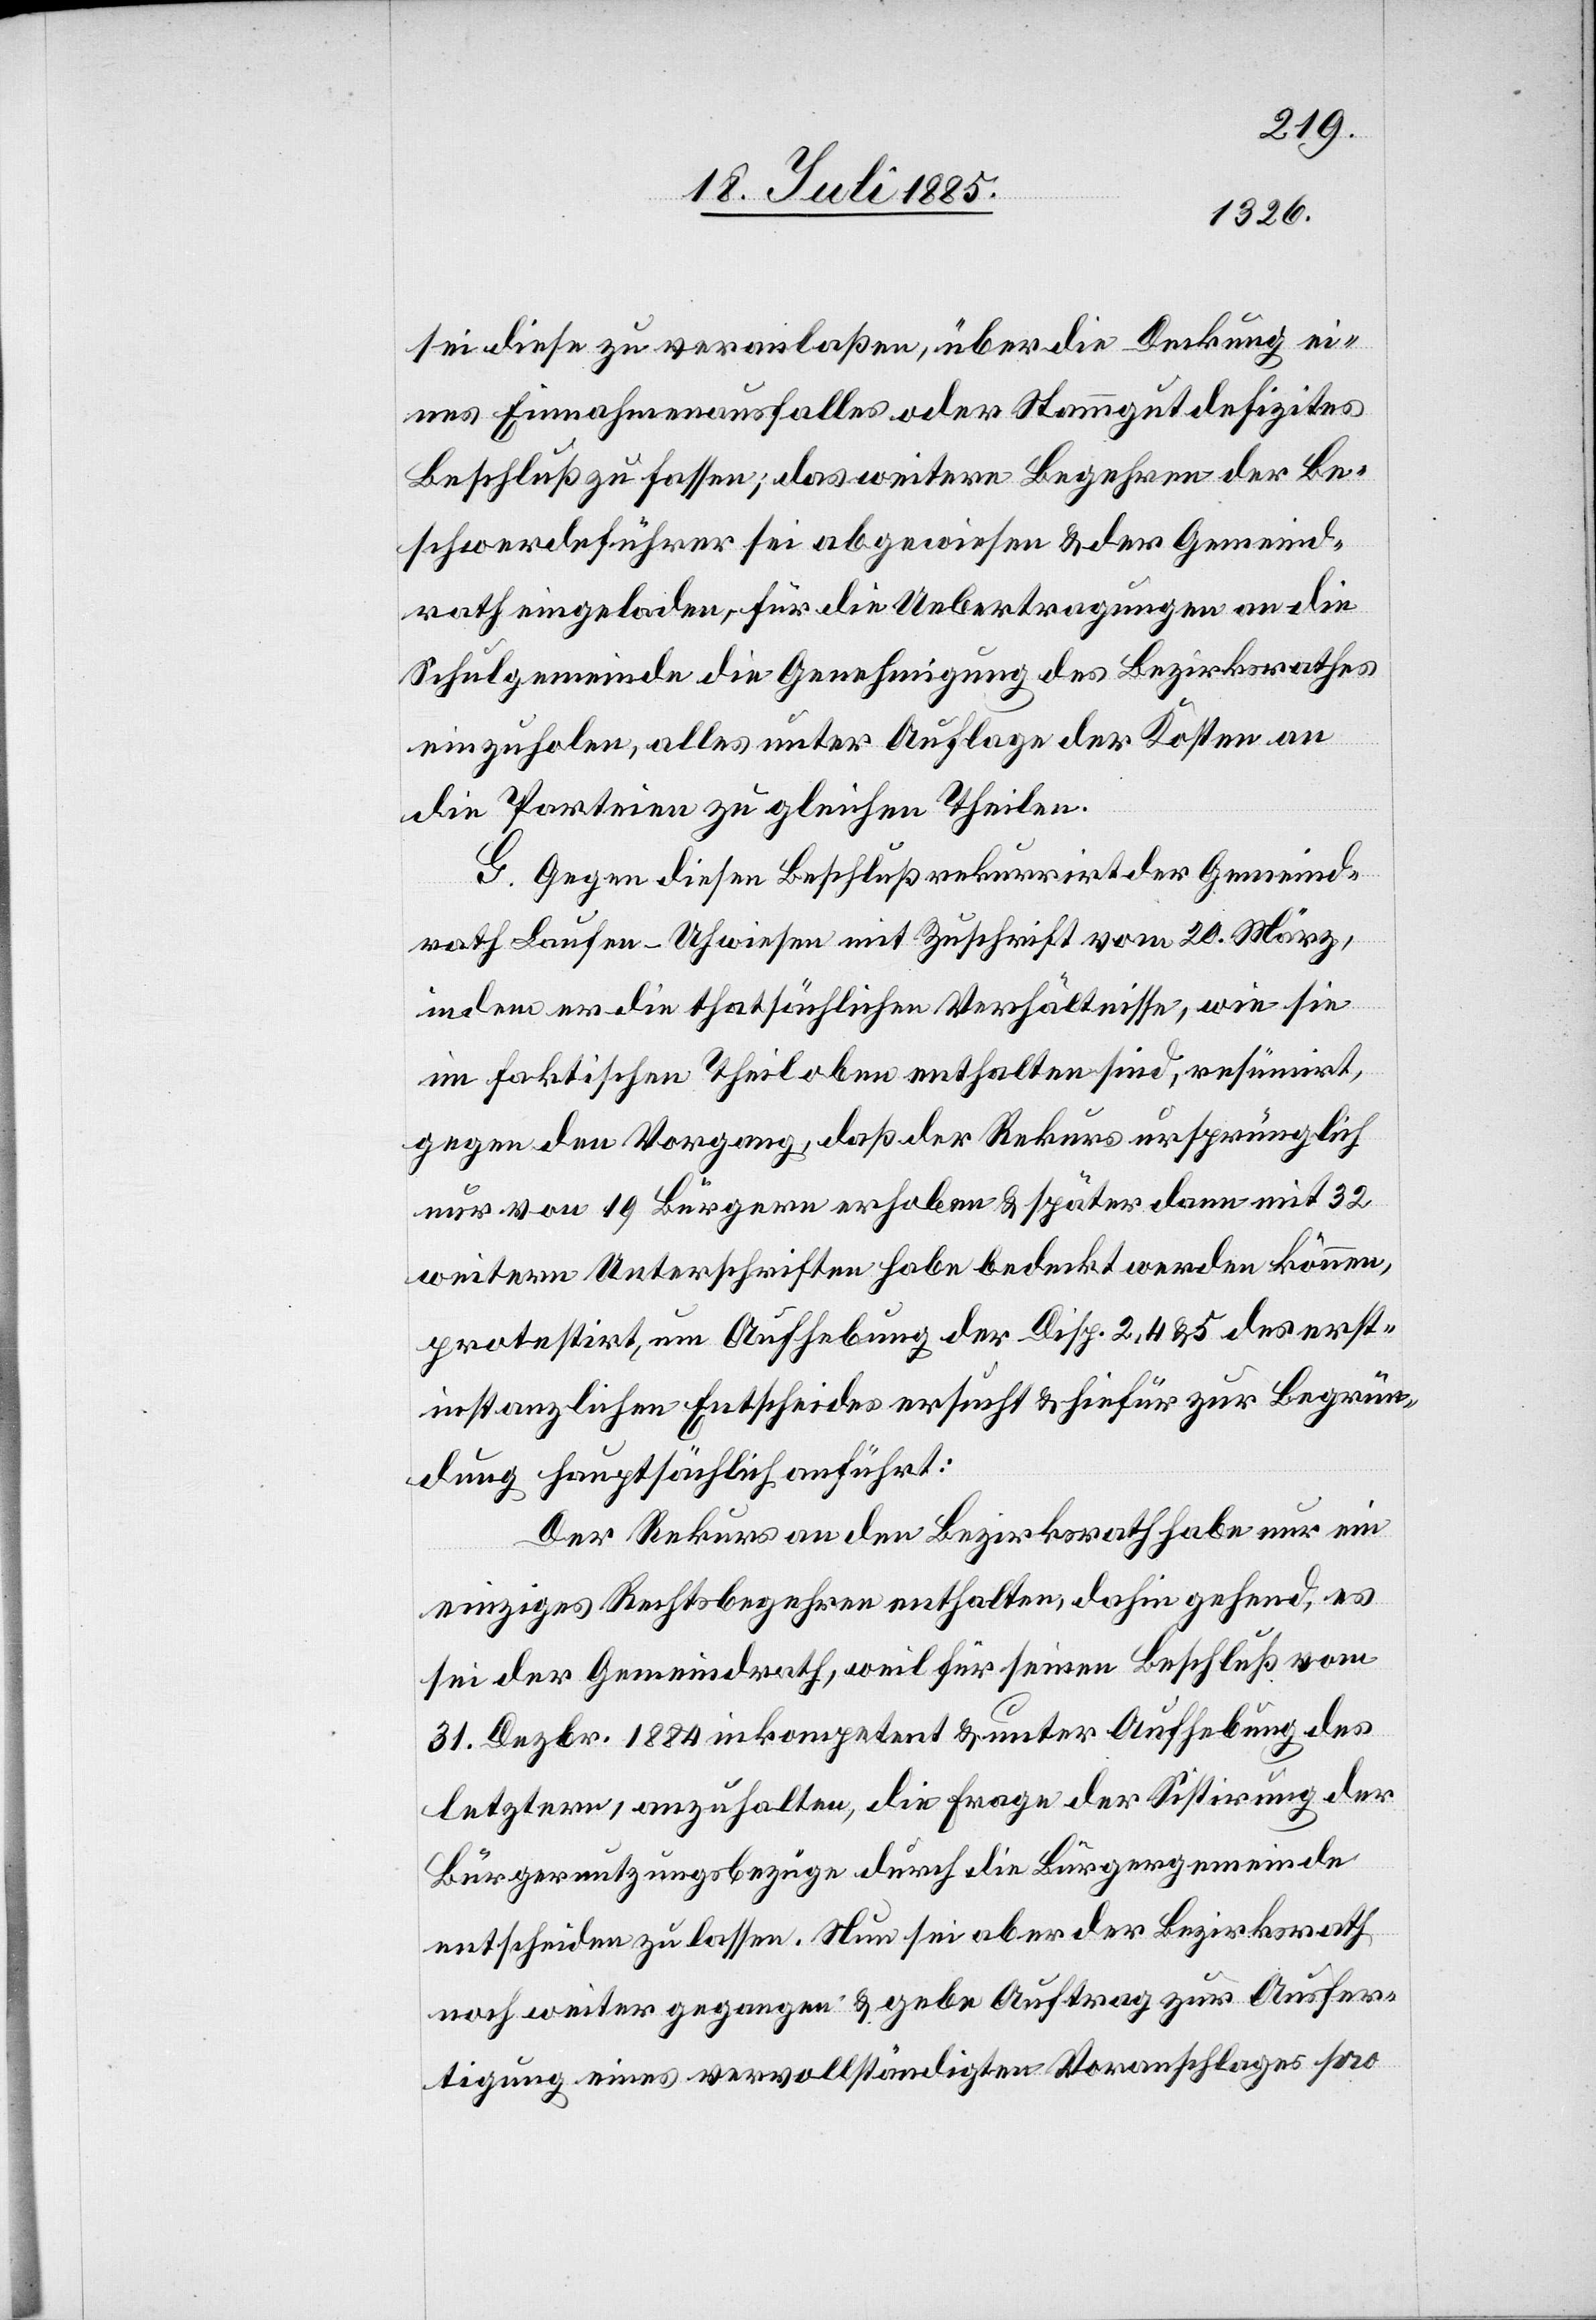
sei diese zu veranlaßen, über die Deckung ei¬
nes Einnahmenausfalles oder Stammgutdefizites
Beschluß zu fassen; das weitere Begehren der Be¬
schwerdeführer sei abgewiesen & der Gemeind¬
rath eingeladen, für die Uebertragungen an die
Schulgemeinde die Genehmigung des Bezirksrathes
einzuholen, alles unter Auflage der Kosten an
die Parteien zu gleichen Theilen.
G. Gegen diesen Beschluß rekurrirt der Gemeind¬
rath Laufen-Uhwiesen mit Zuschrift vom 20. März,
indem er die thatsächlichen Verhältnisse, wie sie
im faktischen Theil oben enthalten sind, resümirt,
gegen den Vorgang, daß der Rekurs ursprünglich
nur von 19 Bürgern erhoben & später dann mit 32
weiteren Unterschriften habe bedeckt werden können,
protestirt, um Aufhebung der Disp. 2, 4 & 5 des erst¬
instanzlichen Entscheides ersucht & hiefür zur Begrün¬
dung hauptsächlich anführt:
Der Rekurs an den Bezirksrath habe nur ein
einzigen Rechtsbegehren enthalten, dahin gehend, es
sei der Gemeindrath, weil für seinen Beschluß vom
31. Dezbr. 1884 inkompetent & unter Aufhebung des
letztern, anzuhalten, die Frage der Sistirung der
Bürgernutzungsbezüge durch die Bürgergemeinde
entscheiden zu lassen. Nun sei aber der Bezirksrath
noch weiter gegangen & gebe Auftrag zur Ausfer¬
tigung eines vervollständigten Voranschlages pro